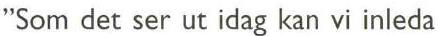
"Som det ser ut idag kan vi inleda